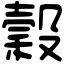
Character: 穀